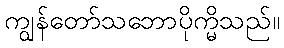
ကျွန်တော်သဘောပိုက္မိသည်။